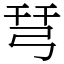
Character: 𢏗